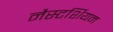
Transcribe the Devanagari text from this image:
नैस्टर्शियन